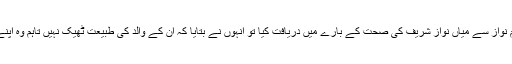
اس ملاقات میں بلاول بھٹو زرداری نے مریم نواز سے میاں نواز شریف کی صحت کے بارے میں دریافت کیا تو انہوں نے بتایا کہ ان کے والد کی طبیعت ٹھیک نہیں تاہم وہ اپنے نظریے پر مضبوطی سے جمے ہوئے ہیں۔